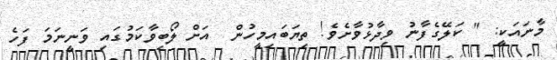
މާނައަކީ: " ކަލޭގެފާނު ވިދާޅުވާށެވެ! ތިޔަބައިމީހުން  އަށް ލޯބިވާކަމުގައި ވަނީނަމަ ފަހެ